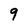
Character: g